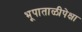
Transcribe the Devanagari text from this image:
भूपाताळीपेक्षा